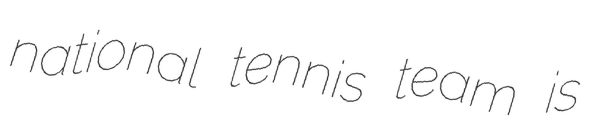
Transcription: national tennis team is